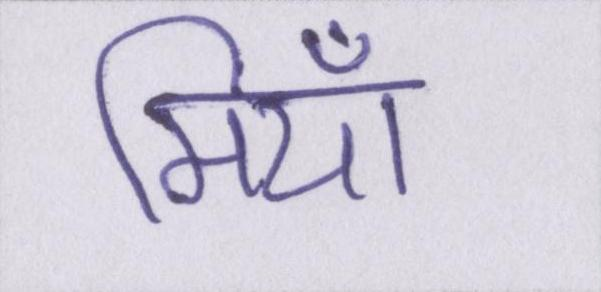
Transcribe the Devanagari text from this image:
मियाँ